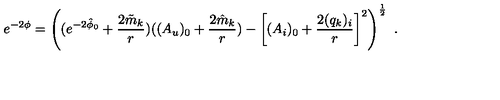
e ^ { - 2 \phi } = \left( ( e ^ { - 2 \hat { \phi } _ { 0 } } + { \frac { 2 \tilde { m } _ { k } } { r } } ) ( ( A _ { u } ) _ { 0 } + { \frac { 2 \hat { m } _ { k } } { r } } ) - \left[ ( A _ { i } ) _ { 0 } + { \frac { 2 ( q _ { k } ) _ { i } } { r } } \right] ^ { 2 } \right) ^ { \frac { 1 } { 2 } } \ .